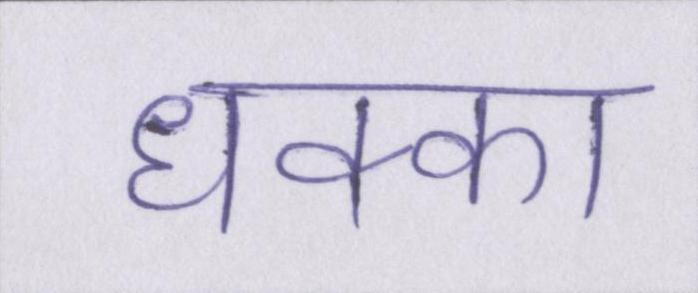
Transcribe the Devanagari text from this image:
धक्का